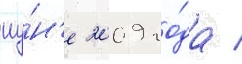
иу́н'е 2009 го́да /